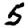
Digit: 5